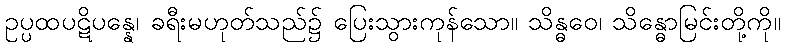
ဥပ္ပထပဋိပန္နေ၊ ခရီးမဟုတ်သည်၌ ပြေးသွားကုန်သော။ သိန္ဓဝေ၊ သိန္ဓောမြင်းတို့ကို။